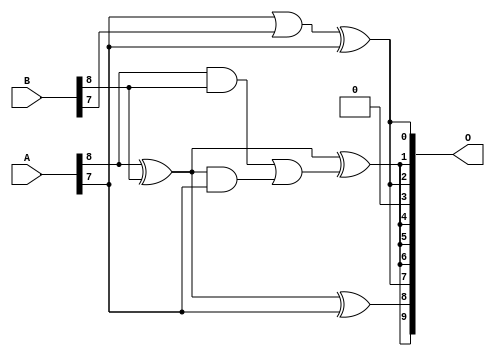
/***
* This code is a part of EvoApproxLib library (ehw.fit.vutbr.cz/approxlib) distributed under The MIT License.
* When used, please cite the following article(s): V. Mrazek, L. Sekanina, Z. Vasicek "Libraries of Approximate Circuits: Automated Design and Application in CNN Accelerators" IEEE Journal on Emerging and Selected Topics in Circuits and Systems, Vol 10, No 4, 2020 
* This file contains a circuit from a sub-set of pareto optimal circuits with respect to the pwr and wce parameters
***/
// MAE% = 14.37 %
// MAE = 74 
// WCE% = 49.61 %
// WCE = 254 
// WCRE% = 7000.00 %
// EP% = 99.53 %
// MRE% = 69.54 %
// MSE = 8574 
// PDK45_PWR = 0.0046 mW
// PDK45_AREA = 14.1 um2
// PDK45_DELAY = 0.13 ns

module add9se_0DV (
    A,
    B,
    O
);

input [8:0] A;
input [8:0] B;
output [9:0] O;

wire sig_33,sig_34,sig_36,sig_43,sig_46,sig_48,sig_69,sig_75,sig_76;

assign sig_33 = A[7] | B[7];
assign sig_34 = A[8] & B[8];
assign sig_36 = A[8] ^ B[8];
assign sig_43 = B[8] ^ A[8];
assign sig_46 = sig_43 & A[7];
assign sig_48 = sig_34 | sig_46;
assign sig_69 = sig_33 ^ A[7];
assign sig_75 = sig_36 ^ A[7];
assign sig_76 = sig_36 ^ sig_48;

assign O[9] = sig_76;
assign O[8] = sig_75;
assign O[7] = sig_69;
assign O[6] = sig_76;
assign O[5] = sig_76;
assign O[4] = sig_76;
assign O[3] = 1'b0;
assign O[2] = sig_69;
assign O[1] = sig_76;
assign O[0] = sig_69;

endmodule